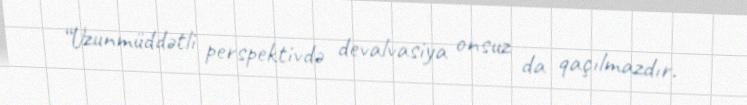
“Uzunmüddətli perspektivdə devalvasiya onsuz da qaçılmazdır.